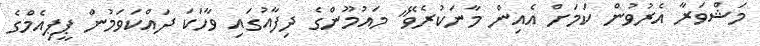
މަޝްވަރާ އެރުވުން ކަމަށް އެއިން މާނަކުރެވޭ" މައުމޫންގެ ދިފާއުގައި ވާހަކަ ދައްކަވަމުން ޕީޕިއެމްގެ